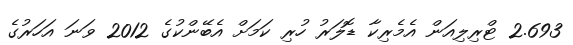
2.693 ޓްރިލިއަން އެމެރިކާ ޑޮލަރު ހުރި ކަމަށް އެބޭންކުގެ 2012 ވަނަ އަހަރުގެ